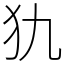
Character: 犰